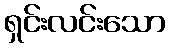
ရှင်းလင်းသော